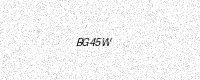
Text: BG45W